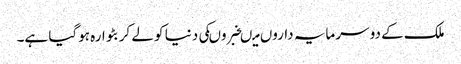
ملک کے دو سرمایہ داروں میںخبروںکی دنیا کو لے کر بٹوارہ ہوگیا ہے۔